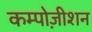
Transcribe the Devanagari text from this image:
कम्पोज़ीशन